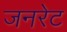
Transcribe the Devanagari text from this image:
जनरेट